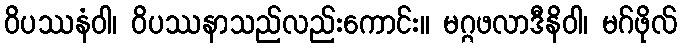
ဝိပဿနံဝါ၊ ဝိပဿနာသည်လည်းကောင်း။ မဂ္ဂဖလာဒီနိဝါ၊ မဂ်ဖိုလ်